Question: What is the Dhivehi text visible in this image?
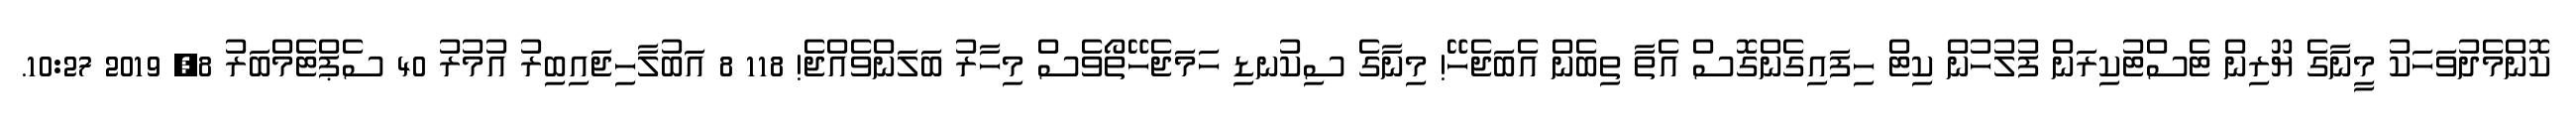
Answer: ކޮންމެދުވަހަކު މީނާގެ ޔޫރިން ޓެސްޓުކިރަން ފުލުހުން ކިޓް ހިފައިގެންގޮސް އެތާ ތިބެން އެބަޖެހޭ! މިނާގެ ސިކުނޑި ހަމަޖެހޭތޯވެސް މިހާރު ބަލަންވެއްޖެ! 118 8 އަބުލާހިޖައިބިރު އުމުރު 40 ސެޕްޓެމްބަރު 8, 2019 10:27.